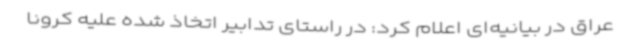
عراق در بیانیه‌ای اعلام کرد: در راستای تدابیر اتخاذ شده علیه کرونا